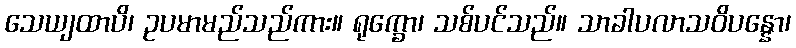
သေယျထာပိ၊ ဥပမာမည်သည်ကား။ ရုက္ခော၊ သစ်ပင်သည်။ သာခါပလာသဝိပန္နော၊